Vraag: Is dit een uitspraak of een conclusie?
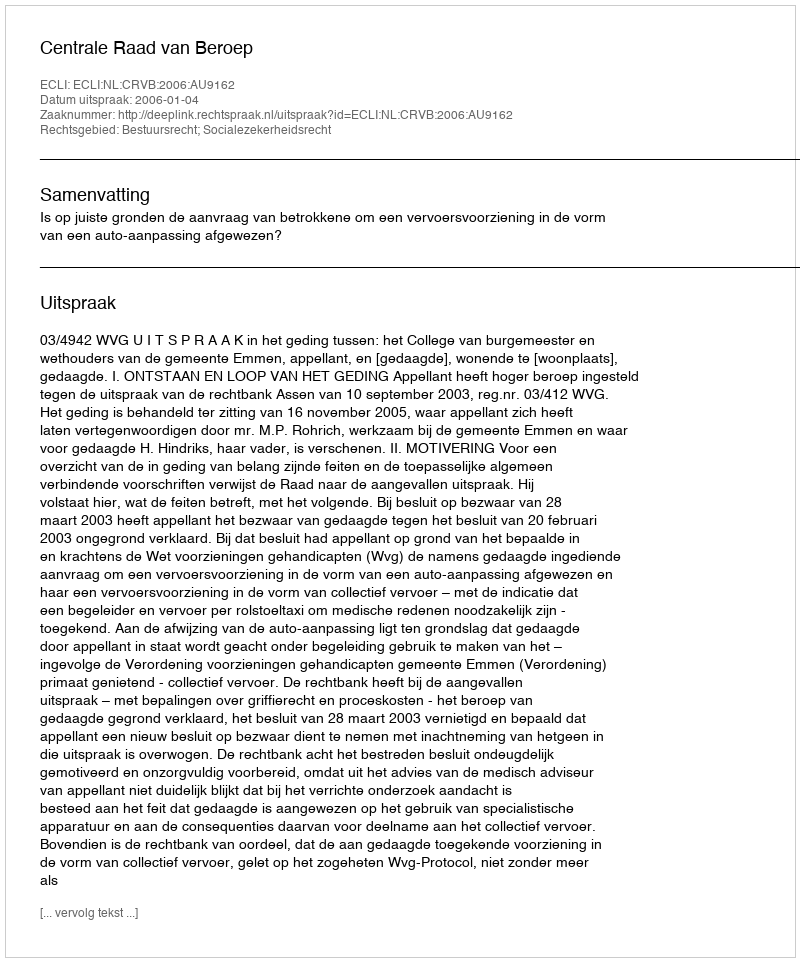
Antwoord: Uitspraak